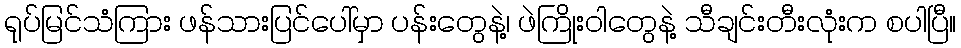
ရုပ်မြင်သံကြား ဖန်သားပြင်ပေါ်မှာ ပန်းတွေနဲ့၊ ဖဲကြိုးဝါတွေနဲ့ သီချင်းတီးလုံးက စပါပြီ။